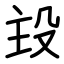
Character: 殶